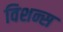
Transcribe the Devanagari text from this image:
विशन्स